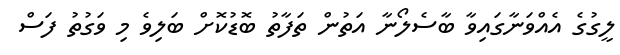
ލީގުގެ އެއްވަނާގައިވާ ބާސެލޯނާ އަތުން ތަފާތު ބޮޑުކޮށް ބަލިވެ މި ވަގުތު ފަސް